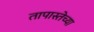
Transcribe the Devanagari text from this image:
तापास्तेच्या